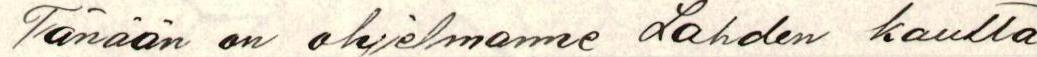
Tänään on ohjelmanne Lahden kautta